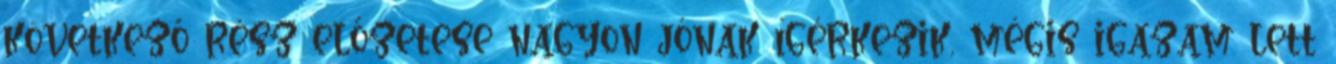
következő rész előzetese nagyon jónak ígérkezik, mégis igazam lett